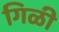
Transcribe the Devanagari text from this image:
गिळी